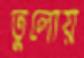
তুলোয়